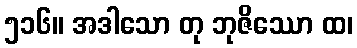
၅၁၆။ အဒါသော တု ဘုဇိဿော ထ၊